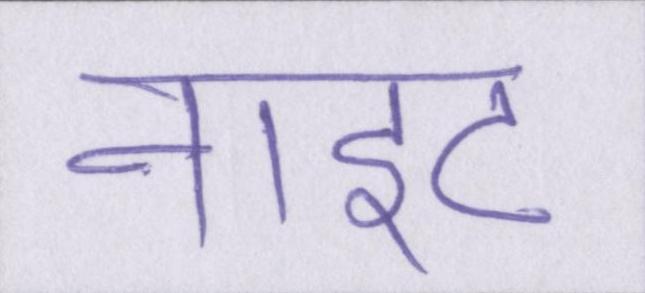
नाइट